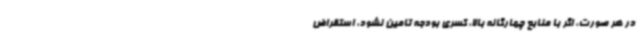
در هر صورت، اگر با منابع چهارگانه بالا، کسری بودجه تامین نشود، استقراض